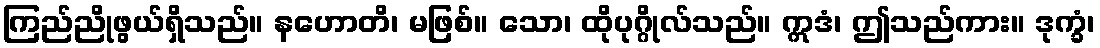
ကြည်ညိုဖွယ်ရှိသည်။ နဟောတိ၊ မဖြစ်။ သော၊ ထိုပုဂ္ဂိုလ်သည်။ ဣဒံ၊ ဤသည်ကား။ ဒုက္ခံ၊